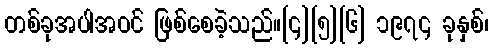
တစ်ခုအပါအဝင် ဖြစ်စေခဲ့သည်။[၄][၅][၆] ၁၉၇၄ ခုနှစ်၊